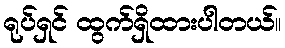
ရုပ်ရှင် ထွက်ရှိထားပါတယ်။